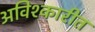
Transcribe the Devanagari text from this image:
अविश्कारीत